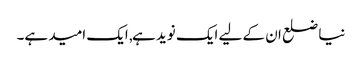
نیا ضلع ان کے لیے ایک نوید ہے, ایک امید ہے۔